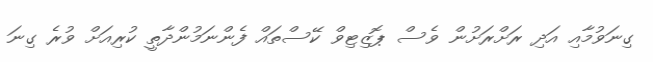
ގިނަވުމާއި އަދި ރަށްރަށުން ވެސް ޕޮޒިޓިވް ކޭސްތައް ފެންނަމުންދާތީ ކުރިއަށް ވުރެ ގިނަ